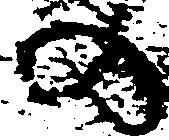
の